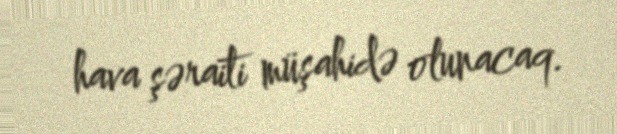
hava şəraiti müşahidə olunacaq.